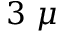
3 ~ \mu